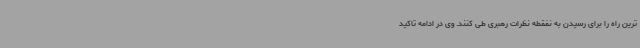
ترین راه را برای رسیدن به نفقطه نظرات رهبری طی کنند. وی در ادامه تاکید